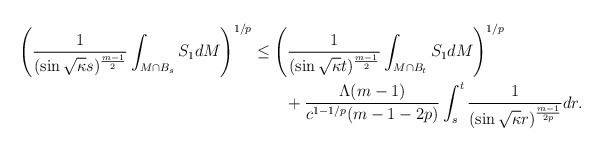
\begin{align*}\left(\dfrac{1}{(\sin \sqrt{\kappa}s)^{\frac{m-1}{2}}}\int_{M\cap B_s}S_1dM\right)^{1/p}&\leq\left(\dfrac{1}{(\sin \sqrt{\kappa}t)^{\frac{m-1}{2}}}\int_{M\cap B_t}S_1dM\right)^{1/p}\\&\qquad+ \frac{\Lambda(m-1)}{c^{1-1/p}(m-1-2p)}\int_s^t\frac{1}{(\sin \sqrt{\kappa}r)^{\frac{m-1}{2p}}}dr.\end{align*}